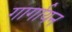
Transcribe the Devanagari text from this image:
गार्गायन